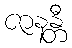
ဇာနန္တီ